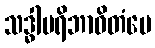
သဒ္ဓါပရိဘာဝိတံပေ